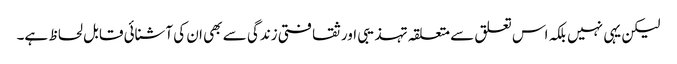
لیکن یہی نہیں بلکہ اس تعلق سے متعلقہ تہذیبی اور ثقافتی زندگی سے بھی ان کی آشنائی قابل لحاظ ہے۔